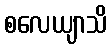
စလေယျာသိ